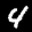
Label: 4